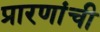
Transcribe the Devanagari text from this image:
प्रारणांची